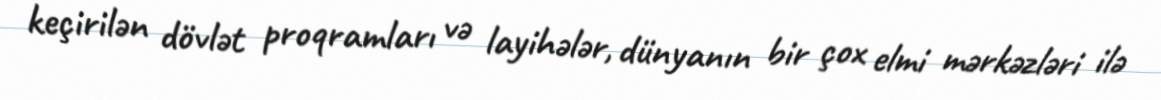
keçirilən dövlət proqramları və layihələr, dünyanın bir çox elmi mərkəzləri ilə